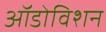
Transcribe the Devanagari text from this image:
ऑडोविशन